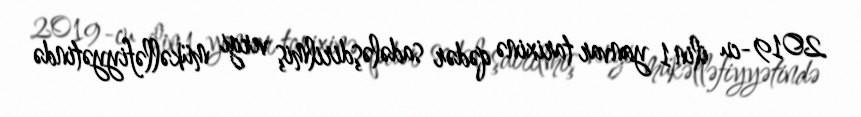
2019-cu ilin 1 yanvar tarixinə qədər sadələşdirilmiş vergi mükəlləfiyyətində